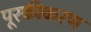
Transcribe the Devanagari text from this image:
पूरकीकरण